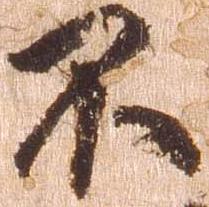
不